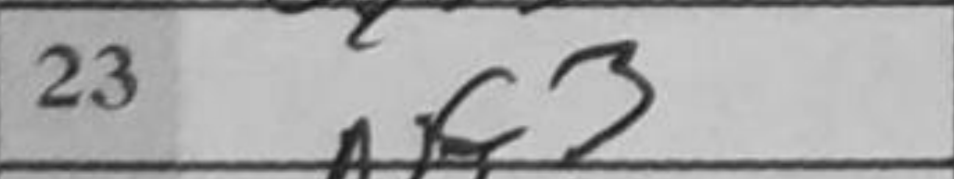
Transcription: Nf3